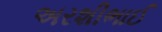
અરશીભાઈ